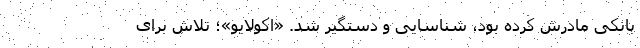
بانکی مادرش کرده بود، شناسایی و دستگیر شد. «اِکولایو»؛ تلاش برای